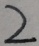
2